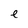
Character: e